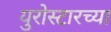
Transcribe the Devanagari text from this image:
युरोस्टारच्या